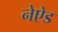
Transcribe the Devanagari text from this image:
नेऐड